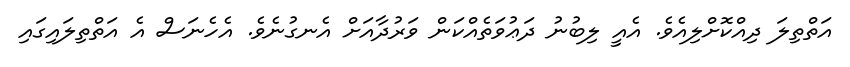
އަތްތިލަ ދިއްކޮށްލިއެވެ. އެއީ ލިބުނު ދަޢުވަތެއްކަން ވަރުދާއަށް އެނގުނެވެ. އެހެނަސް އެ އަތްތިލައިގައި